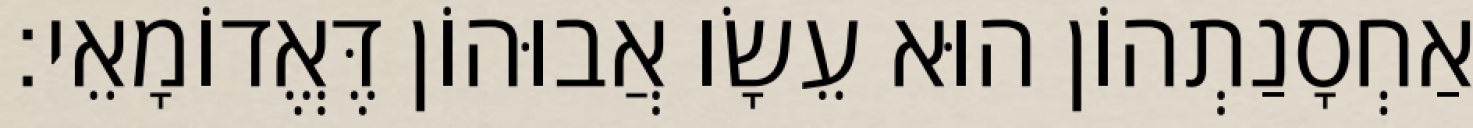
אַחְסָנַתְהוֹן הוּא עֵשָׂו אֲבוּהוֹן דֶּאֱדוֹמָאֵי׃